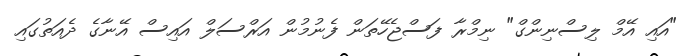
"އައި އޭމް ލިސްނިންގް" ނިމްރާ ފަސްޖެހޭތަން ފެނުމުން އަރްސަލް އައިސް އޭނާގެ ދެއަތުގައި